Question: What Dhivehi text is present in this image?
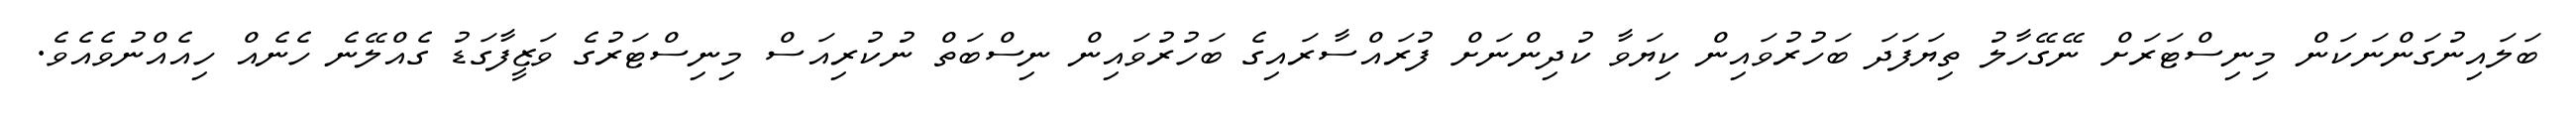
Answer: ބަލައިނުގަންނަކަން މިނިސްޓަރަށް ނޭގޭހާލު ތިޔަފަދަ ބަހުރުވައިން ކިޔަވާ ކުދިންނަށް ފުރައްސާރައިގެ ބަހުރުވައިން ނިސްބަތް ނުކުރިއަސް މިނިސްޓަރުގެ ވަޒީފާގަޑު ގެއްލޭނެ ހެނެއް ހިއެއްނުވެއެވެ.